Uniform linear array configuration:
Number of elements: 12
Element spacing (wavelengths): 0.25
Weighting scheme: exponential
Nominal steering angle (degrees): -45
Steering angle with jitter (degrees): -45.674
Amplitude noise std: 0.05
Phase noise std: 0.05

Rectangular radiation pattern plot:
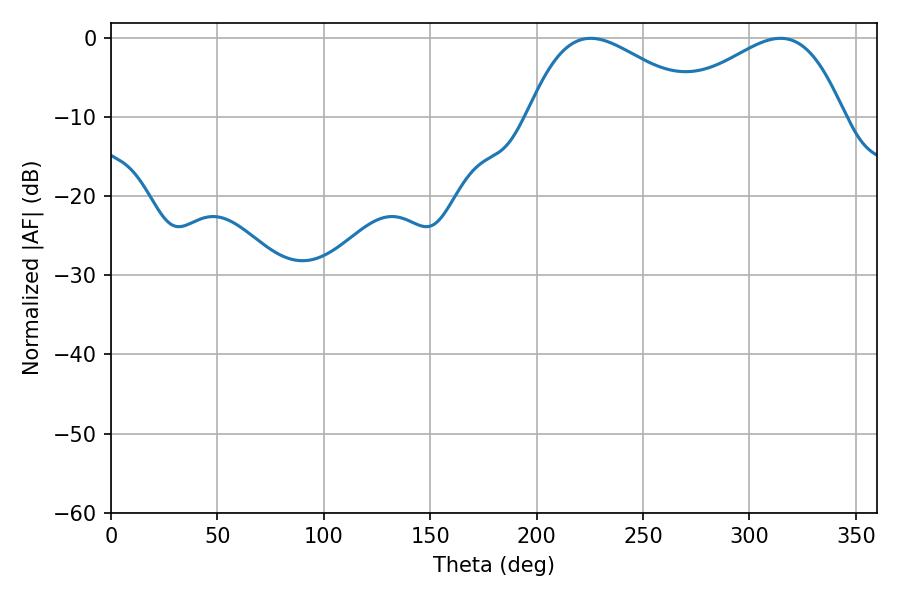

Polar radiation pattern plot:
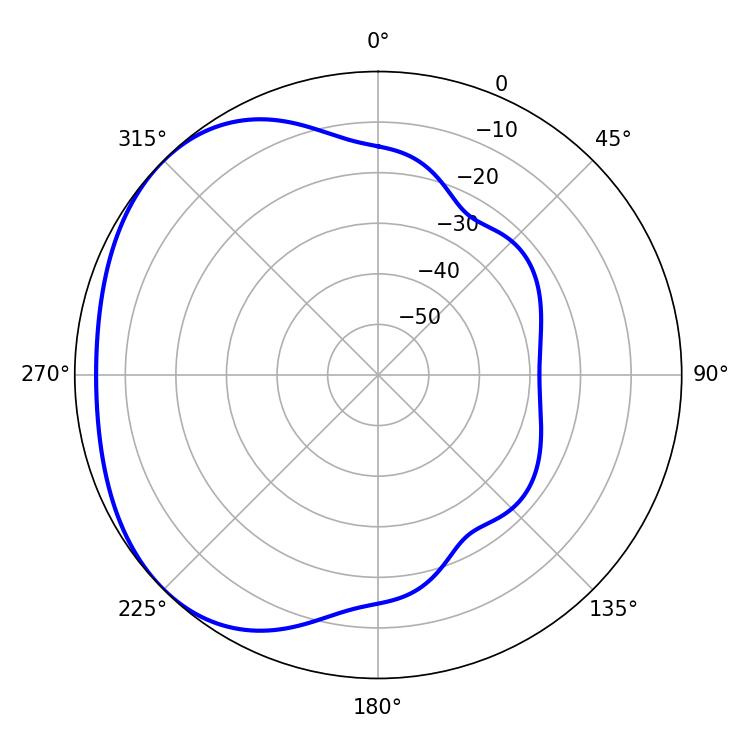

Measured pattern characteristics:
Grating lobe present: FALSE
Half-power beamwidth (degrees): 44.46
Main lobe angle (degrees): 225.36